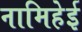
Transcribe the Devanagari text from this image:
नामिहेई